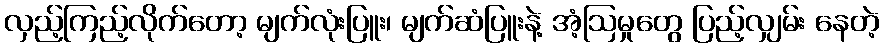
လှည့်ကြည့်လိုက်တော့ မျက်လုံးပြူး၊ မျက်ဆံပြူးနဲ့ အံ့ဩမှုတွေ ပြည့်လျှမ်း နေတဲ့